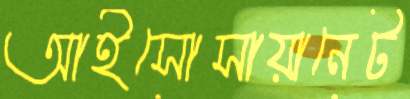
আইসোসায়ানেট